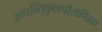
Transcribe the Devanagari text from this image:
अवान्तिकुलपौराणिक